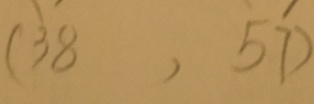
( 3 8 , 5 7 )